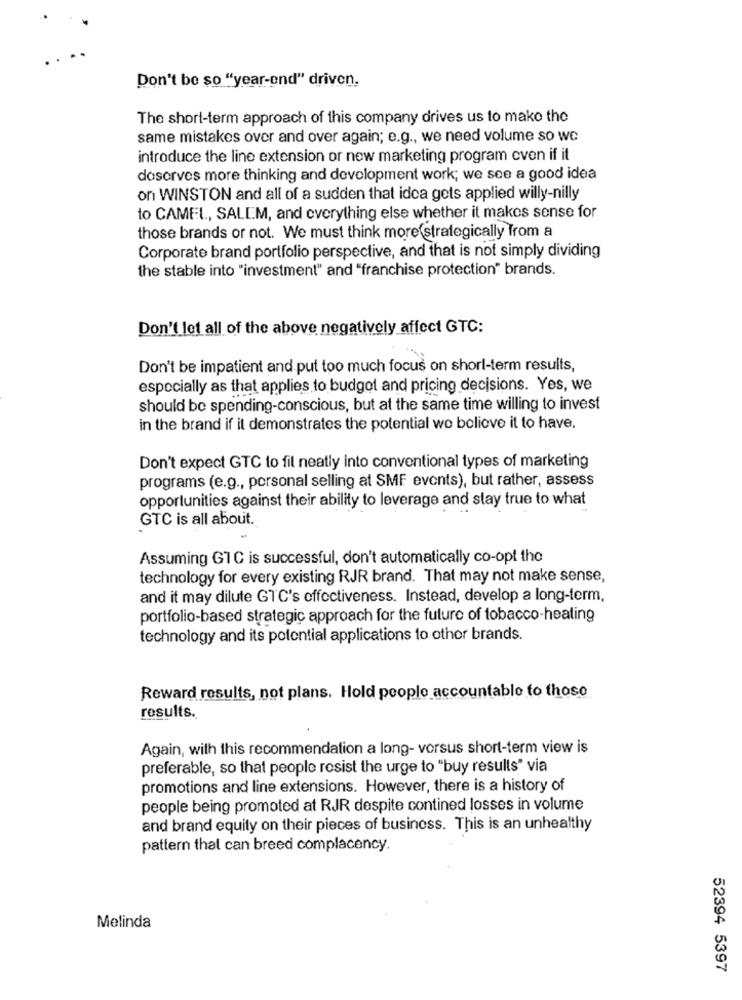
Don't be so "year-end" driven.
The short-term approach of this company drives us to make the
same mistakes over and over again; e.g ., we need volume so we
introduce the line extension or new marketing program even if it
doserves more thinking and development work; we see a good idea
on WINSTON and all of a sudden that idea gets applied willy-nilly
to CAMEL, SALEM, and everything else whether it makes sense for
those brands or not. We must think more strategically from a
Corporate brand portfolio perspective, and that is not simply dividing
the stable into "investment" and "franchise protection" brands.
Don't let all of the above negatively affect GTC:
Don't be impatient and put too much focus on short-term results,
especially as that applies to budget and pricing decisions. Yes, we
should be spending-conscious, but at the same time willing to invest
in the brand if it demonstrates the potential wo boliove it to have.
Don't expect GTC to fil neatly into conventional types of marketing
programs (e.g ., personal selling at SMF events), but rather, assess
opportunities against their ability to leverage and stay true to what
GTC is all about.
Assuming GTC is successful, don't automatically co-opt the
technology for every existing RJR brand. That may not make sense,
and it may dilute GTC's effectiveness. Instead, develop a long-term,
portfolio-based strategic approach for the future of tobacco-heating
technology and its potential applications to other brands.
Reward results, not plans. Hold people accountable to those
results.
Again, with this recommendation a long- vorsus short-term view is
preferable, so that people resist the urge to "buy results" via
promotions and line extensions. However, there is a history of
people being promoted at RJR despite contined losses in volume
and brand equity on their pieces of business. This is an unhealthy
pattern thal can breed complacency.
Melinda
52394 5397